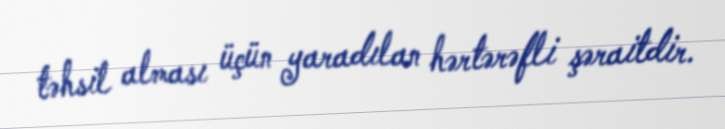
təhsil alması üçün yaradılan hərtərəfli şəraitdir.